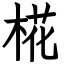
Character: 椛